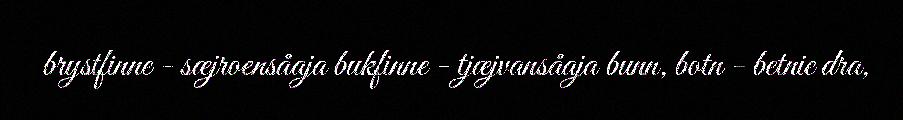
brystfinne - sæjroensåaja bukfinne - tjæjvansåaja bunn, botn - betnie dra,